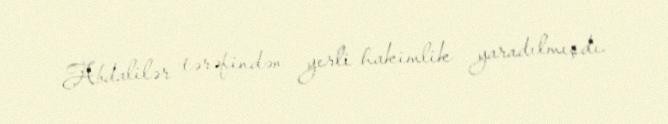
Abdalilər tərəfindən yerli hakimlik yaradılmışdı.